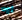
اوه